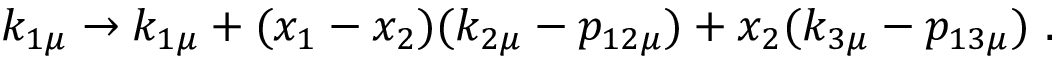
k _ { 1 \mu } \rightarrow k _ { 1 \mu } + ( x _ { 1 } - x _ { 2 } ) ( k _ { 2 \mu } - p _ { 1 2 \mu } ) + x _ { 2 } ( k _ { 3 \mu } - p _ { 1 3 \mu } ) \ .